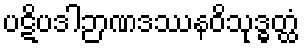
ပဋိပဒါဉာဏဒဿနဝိသုဒ္ဓတ္ထံ